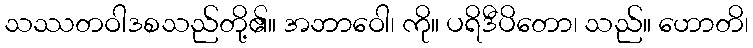
သဿတဝါဒစသည်တို့၏။ အဘာဝေါ၊ ကို။ ပရိဒီပိတော၊ သည်။ ဟောတိ၊